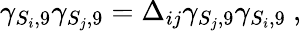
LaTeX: \gamma_{S_{i},9}\gamma_{S_{j},9}=\Delta_{ij}\gamma_{S_{j},9}\gamma_{S_{i},9}~,